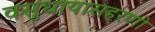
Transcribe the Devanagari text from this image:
वसुधायासहरणो